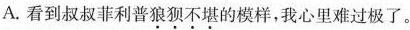
A.看到叔叔菲利普\underset{·}{狼}\underset{·}{狈}\underset{·}{不}\underset{·}{堪}的模样，我心里难过极了。